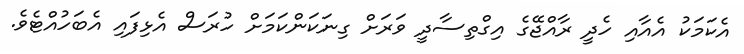
އެކަމަކު އެއާއި ހެދީ ރާއްޖޭގެ އިގްތިސާދީ ވަރަށް ގިނަކަންކަމަށް ހުރަސް އެޅިފައި އެބަހުއްޓެވެ.